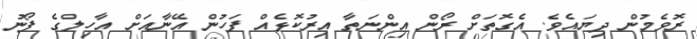
ރޮވެމުން ދިޔައެވެ. އެގޮތަށް ރޯން އިންނަތާ އިރުކޮޅެއް ފަހުން އޭނާއަށް އާހިލްގެ ފޯނު